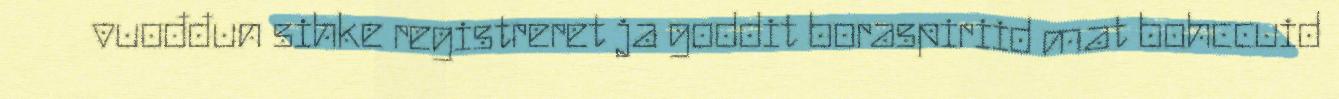
vuođđun sihke registreret ja goddit boraspiriid mat bohccuid